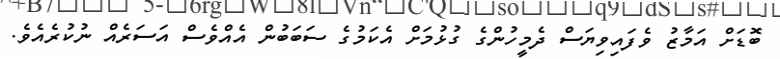
ބޮޑަށް އަމާޒު ވެފައިވިޔަސް ދެމީހުންގެ ގުޅުމަށް އެކަމުގެ ސަބަބުން އެއްވެސް އަސަރެއް ނުކުރެއެވެ.